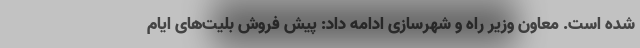
شده است. معاون وزیر راه و شهرسازی ادامه داد: پیش فروش بلیت‌های ایام